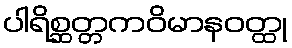
ပါရိစ္ဆတ္တကဝိမာနဝတ္ထု